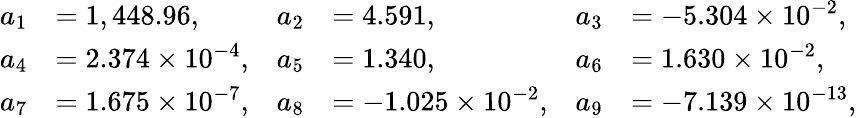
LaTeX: {\begin{array}{rlrlrl}{a_{1}}&{=1,448.96,}&{a_{2}}&{=4.591,}&{a_{3}}&{=-5.304\times 10^{-2},}\\ {a_{4}}&{=2.374\times 10^{-4},}&{a_{5}}&{=1.340,}&{a_{6}}&{=1.630\times 10^{-2},}\\ {a_{7}}&{=1.675\times 10^{-7},}&{a_{8}}&{=-1.025\times 10^{-2},}&{a_{9}}&{=-7.139\times 10^{-13},}\end{array}}